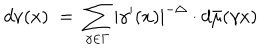
d \nu ( x ) \; = \; \sum _ { \gamma \in \Gamma } | \gamma ^ { \prime } ( x ) | ^ { - \Delta } \cdot d \bar { \mu } ( \gamma x )